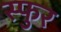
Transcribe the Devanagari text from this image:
स्‍फुर